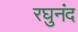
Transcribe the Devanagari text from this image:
रघुनंद